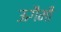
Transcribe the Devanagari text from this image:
ऊगैमी